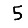
Digit: 5